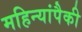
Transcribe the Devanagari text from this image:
महिन्यांपैकी